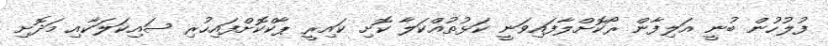
ފުލުހުން ބުނީ އަލިފާން ރޯކޮށްލާފައިވަނީ ކަޅުތުއްކަލާ ކޮށި ކައިރީ ޕާކްކޮށްފައިހުރި ސައިކަލަކާއި މަދޮށި